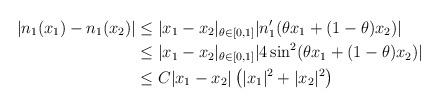
LaTeX: \begin{align*} |n_{1}(x_{1})-n_{1}(x_{2})| &\leq |x_{1}-x_{2}| _{\theta \in [0,1]} |n_{1}'(\theta x_{1}+(1-\theta)x_{2})|\\&\leq |x_{1}-x_{2}| _{\theta \in [0,1]}|4 \sin^{2}(\theta x_{1}+(1-\theta)x_{2})|\\&\leq C |x_{1}-x_{2}| \left(|x_{1}|^{2}+|x_{2}|^{2}\right)\end{align*}